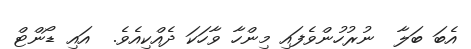
އެބަ ބަލާ  ނުރުހުންވެފައި މިންހާ ވާހަކަ ދެއްކިއެވެ.  އައި ޑޯންޓް